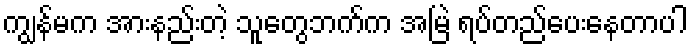
ကျွန်မက အားနည်းတဲ့ သူတွေဘက်က အမြဲ ရပ်တည်ပေးနေတာပါ